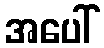
အပေါ်